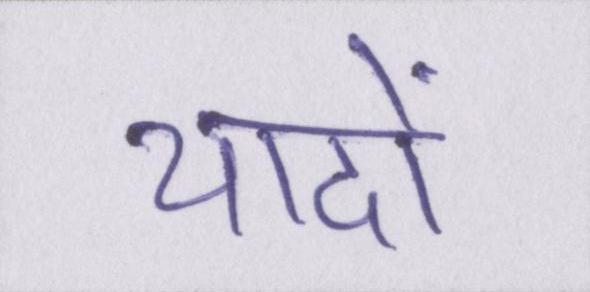
यादों